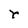
Character: r